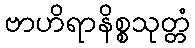
ဗာဟိရာနိစ္စသုတ္တံ